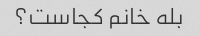
بله خانم کجاست؟